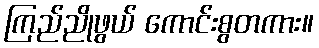
ကြည်ညိုဖွယ် ကောင်းစွတကား။